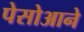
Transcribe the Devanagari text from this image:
पेसोआने